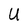
Character: U